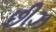
છીઝ